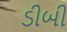
ડીબી